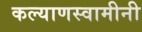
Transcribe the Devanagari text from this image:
कल्याणस्वामीनी